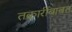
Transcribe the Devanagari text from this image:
तक्रारींबाबत